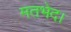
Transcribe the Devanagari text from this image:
मतभेद।